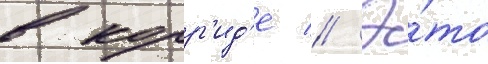
в корр'ид'е // Э́то